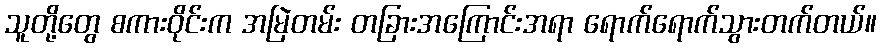
သူတို့တွေ စကားဝိုင်းက အမြဲတမ်း တခြားအကြောင်းအရာ ရောက်ရောက်သွားတက်တယ်။